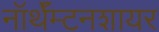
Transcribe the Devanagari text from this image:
नॉर्थॅम्टनशायर